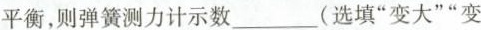
平衡，则弹簧测力计示数___(选填”变大””变